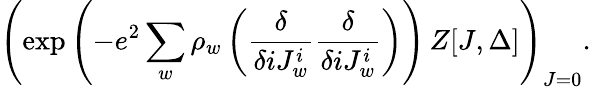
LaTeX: \left(\exp\left(-e^{2}\sum_{w}\rho_{w}\left({\frac{\delta}{\delta iJ_{w}^{i}}}{\frac{\delta}{\delta iJ_{w}^{i}}}\right)\right)\, Z[J,\Delta]\right)_{J=0}.